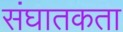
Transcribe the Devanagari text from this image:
संघातकता